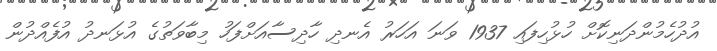
އުދުހެމުންދަނިކޮށް ހުޅުހިފައި 1937 ވަނަ އަހަރު އެނދި ހާދިސާއަށްފަހު މިބާވަތުގެ އުޅަނދު އުފެއްދުން